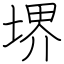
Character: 堺